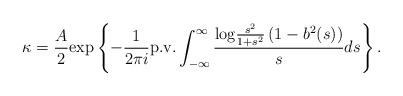
LaTeX: \begin{align*} \kappa=\frac{A}{2}{\rm exp}\left\{-\frac{1}{2\pi i}{\rm p.v.}\int_{-\infty}^{\infty}\frac{{\rm log}\frac{s^2}{1+s^2}\left(1-b^2(s)\right)}{s}ds\right\}. \end{align*}